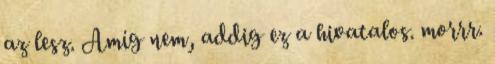
az lesz. Amíg nem, addig ez a hivatalos. morrr.